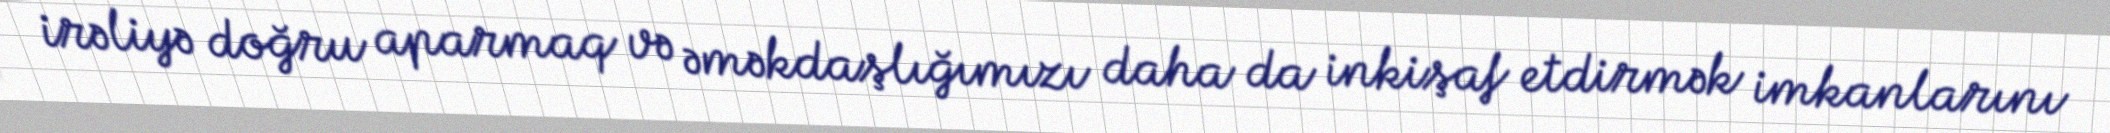
irəliyə doğru aparmaq və əməkdaşlığımızı daha da inkişaf etdirmək imkanlarını